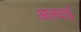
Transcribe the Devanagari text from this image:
आलवाई